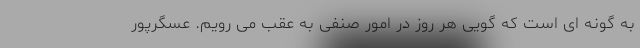
به گونه ای است که گویی هر روز در امور صنفی به عقب می رویم. عسگرپور